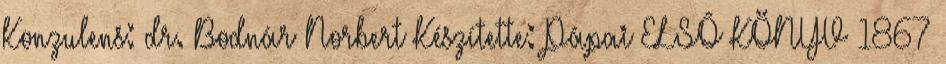
Konzulens: dr. Bodnár Norbert Készítette: Pápai ELSÕ KÖNYV 1867